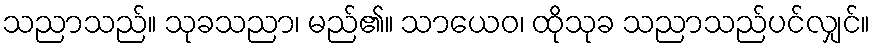
သညာသည်။ သုခသညာ၊ မည်၏။ သာယေဝ၊ ထိုသုခ သညာသည်ပင်လျှင်။